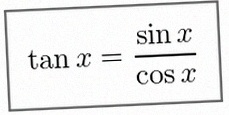
\tan x=\frac{\sin x}{\cos x}